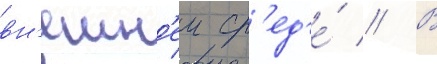
вн'ешн'еи ср'ед'е́ // В